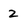
Character: 2